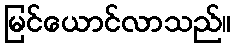
မြင်ယောင်လာသည်။